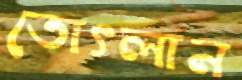
তোৎলান